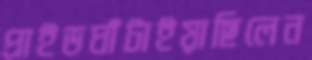
প্রাইডঘাঁটাইয়াছিলেন